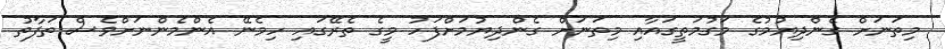
މިތަނަށް ގެންދިޔުމުގެ މަގުމަތީގައާއި މިތަނަށް ގެންދިޔުމަށްފަހު މީގެ ތެރޭގައި ހިމެނޭ އެންމެންނަށްވެސް ތަފާތު